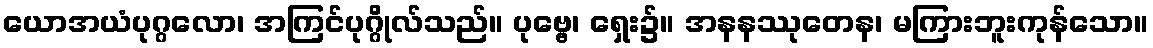
ယောအယံပုဂ္ဂလော၊ အကြင်ပုဂ္ဂိုလ်သည်။ ပုဗ္ဗေ၊ ရှေး၌။ အနနဿုတေန၊ မကြားဘူးကုန်သော။